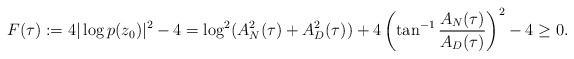
LaTeX: \begin{align*} F(\tau)&:=4|\log p(z_{0})|^{2} - 4 =\log^{2}(A_{N}^{2}(\tau)+A_{D}^{2}(\tau))+4 \left(\tan^{-1}\frac{A_{N}(\tau)}{A_{D}(\tau)}\right)^{2}-4 \geq 0.\end{align*}